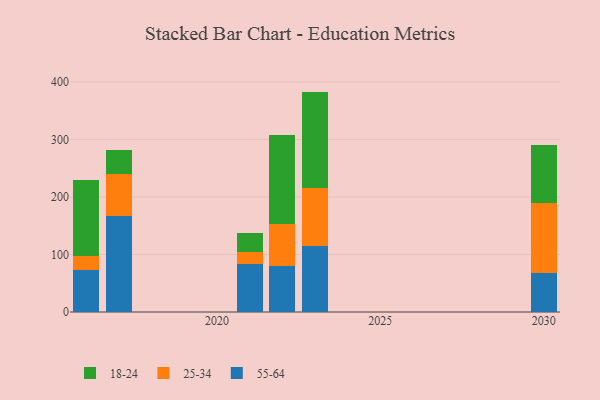
{"axis": {"x": "Year", "y": "Shipments"}, "legend": ["18-24", "25-34", "55-64"], "data": [{"x": "2021", "y": 83.1, "type": "55-64"}, {"x": "2021", "y": 20.6, "type": "25-34"}, {"x": "2021", "y": 33.1, "type": "18-24"}, {"x": "2030", "y": 68.6, "type": "55-64"}, {"x": "2030", "y": 120.5, "type": "25-34"}, {"x": "2030", "y": 100.8, "type": "18-24"}, {"x": "2022", "y": 79.7, "type": "55-64"}, {"x": "2022", "y": 72.9, "type": "25-34"}, {"x": "2022", "y": 155.8, "type": "18-24"}, {"x": "2016", "y": 73.0, "type": "55-64"}, {"x": "2016", "y": 23.9, "type": "25-34"}, {"x": "2016", "y": 133.2, "type": "18-24"}, {"x": "2017", "y": 167.4, "type": "55-64"}, {"x": "2017", "y": 72.9, "type": "25-34"}, {"x": "2017", "y": 41.7, "type": "18-24"}, {"x": "2023", "y": 114.1, "type": "55-64"}, {"x": "2023", "y": 100.9, "type": "25-34"}, {"x": "2023", "y": 168.2, "type": "18-24"}]}